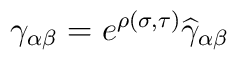
\gamma_{\alpha\beta}=e^{\rho(\sigma,\tau)}{\widehat \gamma}_{\alpha\beta}